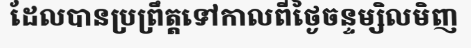
ដែលបានប្រព្រឹត្តទៅកាលពីថ្ងៃចន្ទម្សិលមិញ